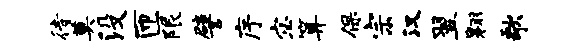
待奠没匝限譬序宓算保宗汉翌翱歌